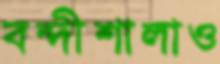
বন্দীশালাও